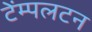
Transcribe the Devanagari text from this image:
टेंम्पलटन